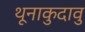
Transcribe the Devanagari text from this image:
थूनाकुदावु